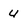
Character: 4